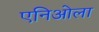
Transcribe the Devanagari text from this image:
एनिओला